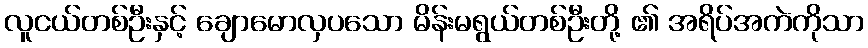
လူငယ်တစ်ဦးနှင့် ချောမောလှပသော မိန်းမရွယ်တစ်ဦးတို့ ၏ အရိပ်အကဲကိုသာ